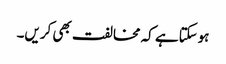
ہوسکتاہے کہ مخالفت بھی کریں۔